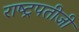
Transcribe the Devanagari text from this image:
राष्ट्रपतीजी